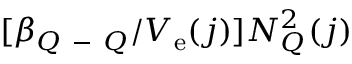
[ \beta _ { Q \mathrm { ~ - ~ } Q } / V _ { \mathrm { e } } ( j ) ] N _ { Q } ^ { 2 } ( j )